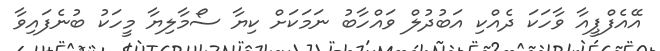
އޭއެފްޕީއާ ވާހަކަ ދެއްކި އަބުދުލް ވައްހާބު ނަމަކަށް ކިޔާ ސޯމާލިޔާ މީހަކު ބުނެފައިވާ